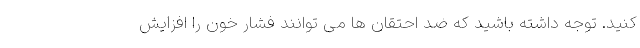
کنید. توجه داشته باشید که ضد احتقان ها می توانند فشار خون را افزایش